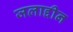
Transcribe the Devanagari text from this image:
जलाद्दीन